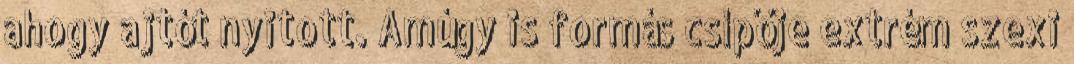
ahogy ajtót nyitott. Amúgy is formás csípője extrém szexi